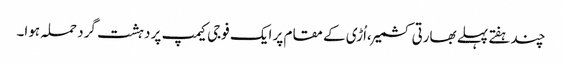
چندہفتے پہلے بھارتی کشمیر ،اُڑی کے مقام پر ایک فوجی کیمپ پر دہشت گرد حملہ ہوا۔